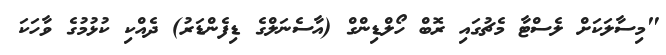
"މިސާލަކަށް ލެސްޓާ މެޗުގައި ރޮބް ހޯލްޑިންގް (އާސެނަލްގެ ޑިފެންޑަރު) ދެއްކި ކުޅުމުގެ ވާހަކަ